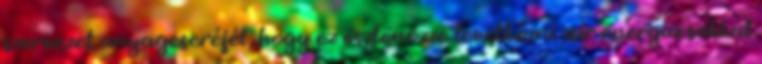
szervezet anyagcseréjét, hogy ez ösztönözze levetkőzni zsír energia sokkal